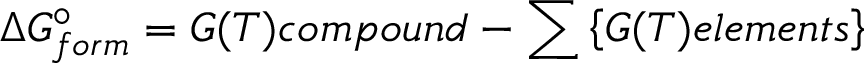
\Delta G _ { f o r m } ^ { \circ } = G ( T ) c o m p o u n d - \sum \left\{ G ( T ) e l e m e n t s \right\}